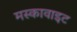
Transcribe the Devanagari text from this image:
मस्कावाइट